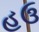
હઉ